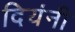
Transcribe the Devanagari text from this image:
दियंनी